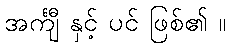
အင်္ကျီ နှင့် ပင် ဖြစ်၏ ။